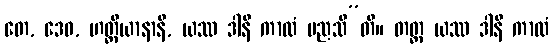
တေ, ဒေဝ, ဟတ္ထိယာနာနိ, ယဿ ဒါနိ ကာလံ မညသီ”တိ။ တတ္ထ ယဿ ဒါနိ ကာလံ